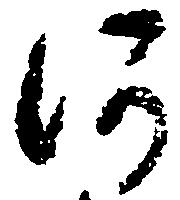
河